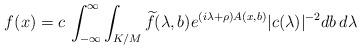
LaTeX: \begin{align*}f(x) = c\, \int_{-\infty}^\infty \int_{K/M} \widetilde{f}(\lambda,b)e^{(i\lambda+\rho)A(x,b)} |c(\lambda)|^{-2} db\, d\lambda \end{align*}